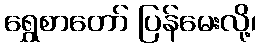
ရွှေစာတော် ပြန်မေးလို့၊